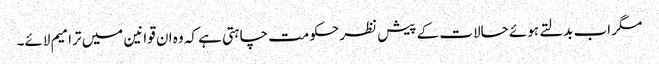
مگر اب بدلتے ہوئے حالات کے پیش نظر حکومت چاہتی ہے کہ وہ ان قوانین میں ترامیم لائے۔